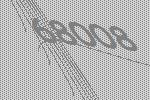
68008